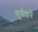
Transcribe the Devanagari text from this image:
कुबीशने